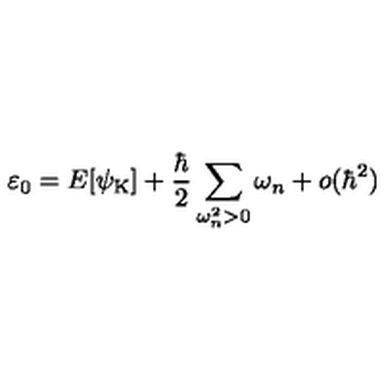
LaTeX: \varepsilon _ { 0 } = E [ { \psi } _ { \mathrm { K } } ] + \frac { \hbar } { 2 } \sum _ { \omega _ { n } ^ { 2 } > 0 } \omega _ { n } + o ( \hbar ^ { 2 } )